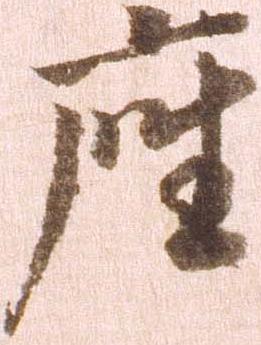
座